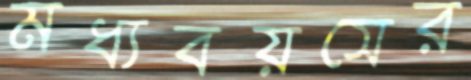
মধ্যবয়সের